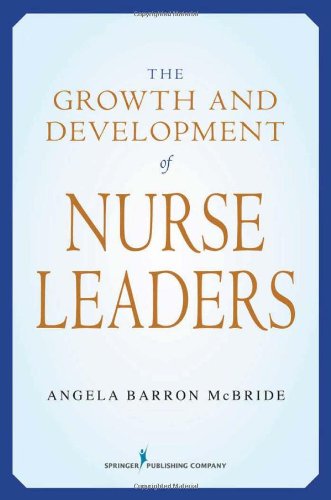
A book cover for The Growth and Development of Nurse Leaders; Angela Barron McBride; Medical Books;